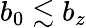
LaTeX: b_{0}\lesssim b_{z}